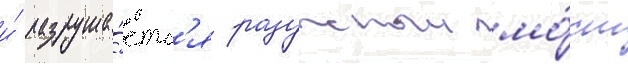
и́ разруша́етс'я радужныи мо́ст